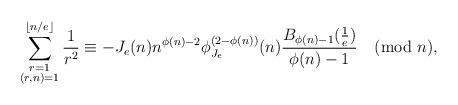
LaTeX: \begin{align*}\sum^{\lfloor n/e\rfloor}_{\substack{r=1\\ (r,n)=1}}\frac{1}{r^{2}}\equiv -J_{e}(n)n^{\phi(n)-2}\phi_{J_{e}}^{(2-\phi(n))}(n)\frac{B_{\phi(n)-1}(\frac{1}{e})}{\phi(n)-1}\pmod{n},\end{align*}